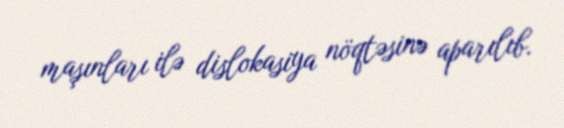
maşınları ilə dislokasiya nöqtəsinə aparılıb.